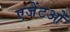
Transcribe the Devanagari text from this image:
एजेंटओं